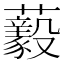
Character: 𧄘